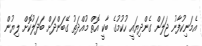
އެމަނިކުފާނު ޖަލަށް ގެންދިޔައީ ހުކުމުގެ ބާކީ އޮތް މުއްދަތު ގޭބަންދަށް ބަދަލުކޮށް ލިޔުން